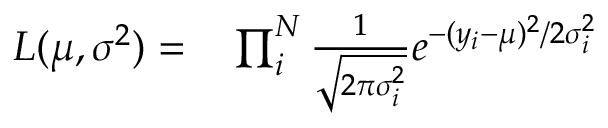
\begin{array} { r l } { L ( \mu , \boldsymbol { \sigma ^ { 2 } } ) = } & { { } \prod _ { i } ^ { N } \frac { 1 } { \sqrt { 2 \pi \sigma _ { i } ^ { 2 } } } e ^ { - ( y _ { i } - \mu ) ^ { 2 } / 2 \sigma _ { i } ^ { 2 } } } \end{array}